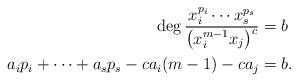
LaTeX: \begin{align*}\deg \frac{x_i^{p_i}\cdots x_s^{p_s}}{\left(x_i^{m-1}x_j\right)^c}&=b\\a_ip_i+\cdots+a_sp_s-ca_i(m-1)-ca_j&=b.\end{align*}